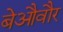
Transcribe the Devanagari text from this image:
बेऔवौर